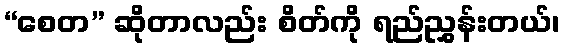
“စေတ” ဆိုတာလည်း စိတ်ကို ရည်ညွှန်းတယ်၊